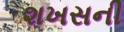
શખસની